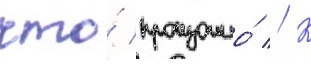
что́ произошло́ // К